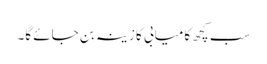
سب کچھ کامیابی کا زینہ بن جائے گا۔